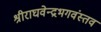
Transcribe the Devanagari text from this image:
श्रीराघवेन्द्रभगवंस्तव